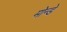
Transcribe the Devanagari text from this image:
मोन्डे